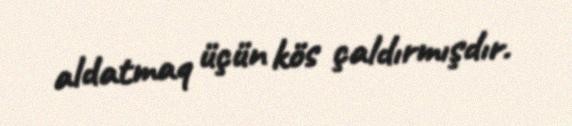
aldatmaq üçün kös çaldırmışdır.